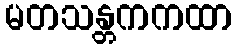
မတသန္တကကထာ